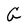
Character: G